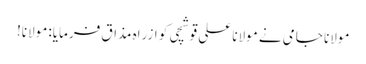
مولانا جامی نے مولانا علی قوشچی کو ازراہ مذاق فرمایا: مولانا!